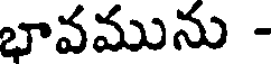
భావమును -